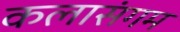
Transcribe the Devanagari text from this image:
कलासंगम